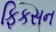
ફિકસન